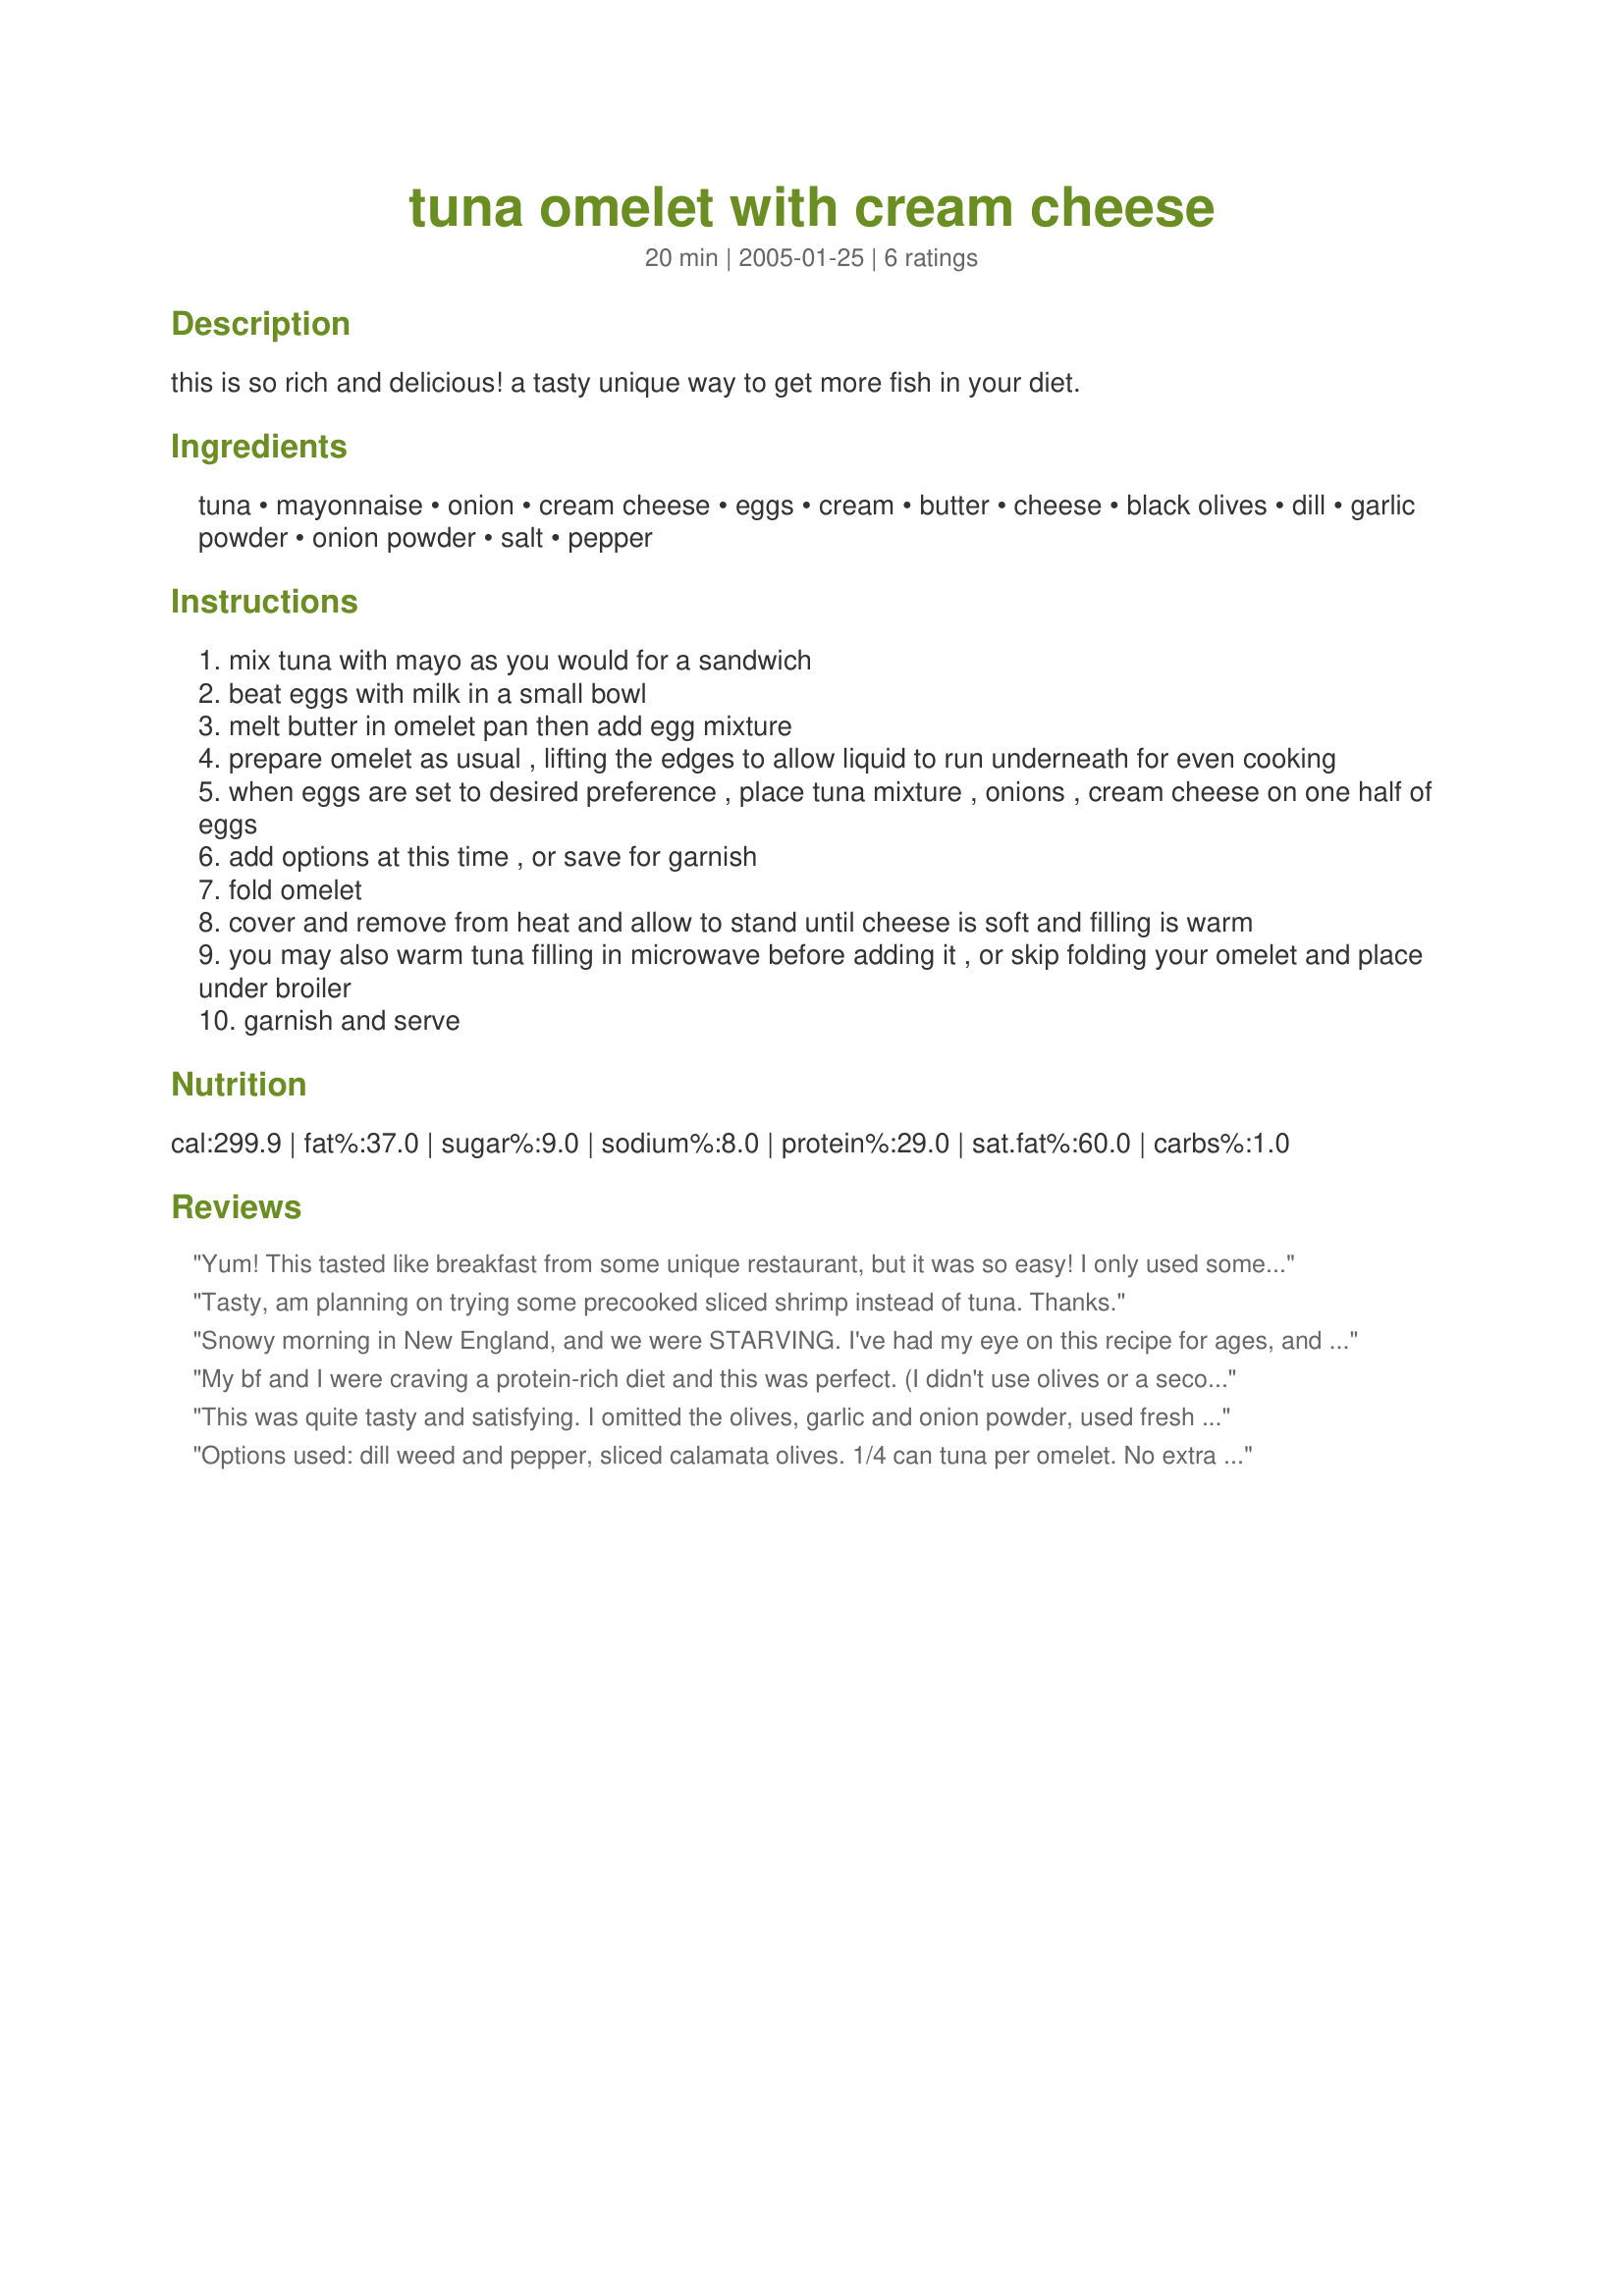
tuna omelet with cream cheese
Preparation time: 20 minutes

this is so rich and delicious! a tasty unique way to get more fish in your diet.

Ingredients:
tuna, mayonnaise, onion, cream cheese, eggs, cream, butter, cheese, black olives, dill, garlic powder, onion powder, salt, pepper

Steps:
mix tuna with mayo as you would for a sandwich
beat eggs with milk in a small bowl
melt butter in omelet pan then add egg mixture
prepare omelet as usual , lifting the edges to allow liquid to run underneath for even cooking
when eggs are set to desired preference , place tuna mixture , onions , cream cheese on one half of eggs
add options at this time , or save for garnish
fold omelet
cover and remove from heat and allow to stand until cheese is soft and filling is warm
you may also warm tuna filling in microwave before adding it , or skip folding your omelet and place under broiler
garnish and serve

Reviews:
Yum! This tasted like breakfast from some unique restaurant, but it was so easy! I only used some garlic powder and salt for flavoring. Thanks!
Tasty, am planning on trying some precooked sliced shrimp instead of tuna. Thanks.
Snowy morning in New England, and we were STARVING. I've had my eye on this recipe for ages, and we had all the necessary ingredients in the house. YUMMY! Really nice looking omelet and even better tasting. Loved the use of cream cheese- makes it rich and creamy. I doubled the eggs, because of prior reviews saying there was too much filling. This turned out to be a big hearty omelet, split in half for two. I used FF 1/2 and 1/2, and 1/3 less fat cream cheese. Seasoned with garlic powder, oregano, cayenne and salt and pepper. Fantastic.
My bf and I were craving a protein-rich diet and this was perfect. (I didn't use olives or a second cheese, but included everything else) I would have never come up with this recipe on my own and am glad to have found it. What a great use of tuna and mix of flavors.
This was quite tasty and satisfying. I omitted the olives, garlic and onion powder, used fresh basil, low fat milk and lite cream cheese. I cut back the onion to 1/4, which was plenty for my taste. Next time I'll either cut back on the tuna or add extra eggs (and make it for two) as there was too much filling. This didn't affect the flavour, but I couldn't fold the omelet and it was difficult to get out of the pan. Will make again!
Options used: dill weed and pepper, sliced calamata olives. 1/4 can tuna per omelet. No extra cheese. 

All we had in the house was half a can of tuna, cream cheese and eggs... I wouldn't have believed it, but this was really good. Husband also liked it; he didn't have any olives.
